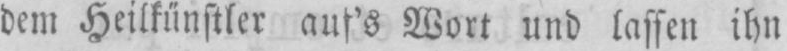
Wort und lassen ihn